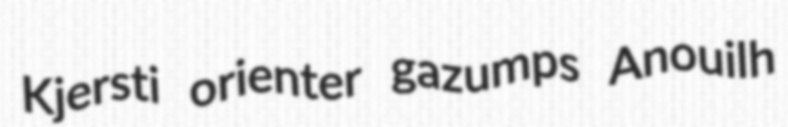
Kjersti orienter gazumps Anouilh